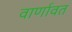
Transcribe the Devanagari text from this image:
वार्णावत